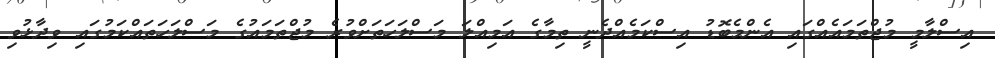
އިސްލާމީ މުޖްތަމައެއްގައި އެންމެބޮޑު އިސްކަމެއްދެނީ ތިމާގެ އަމިއްލަ މަސްލަހަތަށްވުރެ މުޖްތަމައުގެ މަސްލަހަތައްކަމުގައި ވިދާޅުވި